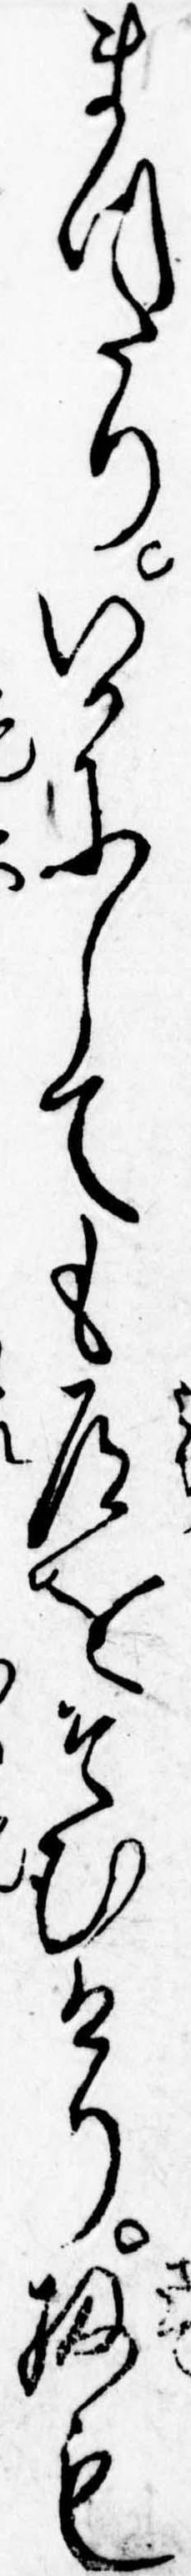
まつたりいかにしても道をそむけり扨も